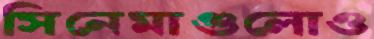
সিনেমাগুলোও